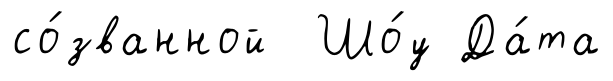
со́званной Шо́у Да́та